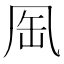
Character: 𠙈